Indian journal of veterinary science and animal husbandry - Volume 10,
Year: 1940
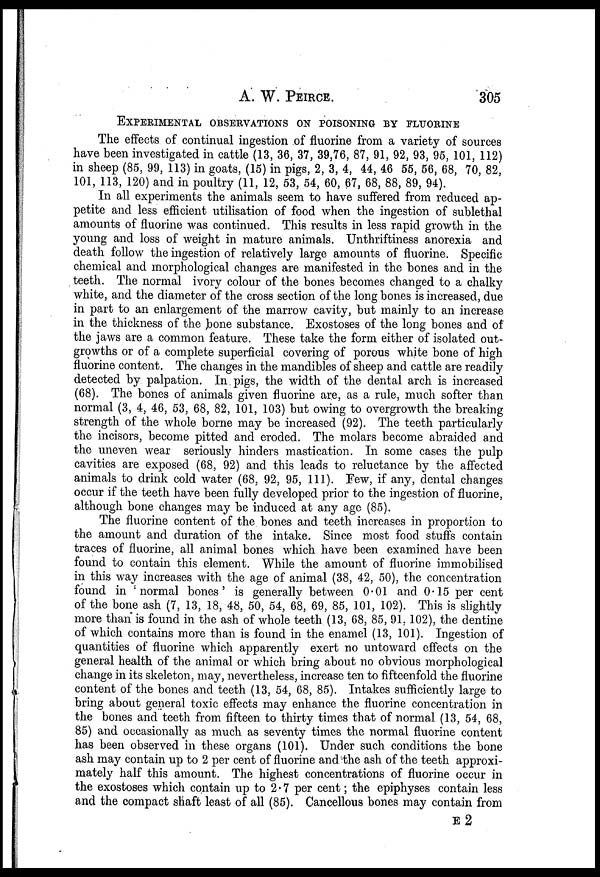
A. W. PEIRCE.
305
EXPERIMENTAL OBSERVATIONS ON POISONING BY FLUORINE
The effects of continual ingestion of fluorine from a variety of sources
have been investigated in cattle (13, 36, 37, 39,76, 87, 91, 92, 93, 95, 101, 112)
in sheep (85, 99, 113) in goats, (15) in pigs, 2, 3, 4, 44, 46 55, 56, 68, 70, 82,
101, 113, 120) and in poultry (11, 12, 53, 54, 60, 67, 68, 88, 89, 94).
In all experiments the animals seem to have suffered from reduced ap-
petite and less efficient utilisation of food when the ingestion of sublethal
amounts of fluorine was continued. This results in less rapid growth in the
young and loss of weight in mature animals. Unthriftiness anorexia and
death follow the ingestion of relatively large amounts of fluorine. Specific
chemical and morphological changes are manifested in the bones and in the
teeth. The normal ivory colour of the bones becomes changed to a chalky
white, and the diameter of the cross section of the long bones is increased, due
in part to an enlargement of the marrow cavity, but mainly to an increase
in the thickness of the bone substance. Exostoses of the long bones and of
the jaws are a common feature. These take the form either of isolated out-
growths or of a complete superficial covering of porous white bone of high
fluorine content. The changes in the mandibles of sheep and cattle are readily
detected by palpation. In pigs, the width of the dental arch is increased
(68). The bones of animals given fluorine are, as a rule, much softer than
normal (3, 4, 46, 53, 68, 82, 101, 103) but owing to overgrowth the breaking
strength of the whole borne may be increased (92). The teeth particularly
the incisors, become pitted and eroded. The molars become abraided and
the uneven wear seriously hinders mastication. In some cases the pulp
cavities are exposed (68, 92) and this leads to reluctance by the affected
animals to drink cold water (68, 92, 95, 111). Few, if any, dental changes
occur if the teeth have been fully developed prior to the ingestion of fluorine,
although bone changes may be induced at any age (85).
The fluorine content of the bones and teeth increases in proportion to
the amount and duration of the intake. Since most food stuffs contain
traces of fluorine, all animal bones which have been examined have been
found to contain this element. While the amount of fluorine immobilised
in this way increases with the age of animal (38, 42, 50), the concentration
found in normal bones' is generally between 0.01 and 0.15 per cent
of the bone ash (7, 13, 18, 48, 50, 54, 68, 69, 85, 101, 102). This is slightly
more than is found in the ash of whole teeth (13, 68, 85, 91, 102), the dentine
of which contains more than is found in the enamel (13, 101). Ingestion of
quantities of fluorine which apparently exert no untoward effects on the
general health of the animal or which bring about no obvious morphological
change in its skeleton, may, nevertheless, increase ten to fifteenfold the fluorine
content of the bones and teeth (13, 54, 68, 85). Intakes sufficiently large to
bring about general toxic effects may enhance the fluorine concentration in
the bones and teeth from fifteen to thirty times that of normal (13, 54, 68,
85) and occasionally as much as seventy times the normal fluorine content
has been observed in these organs (101). Under such conditions the bone
ash may contain up to 2 per cent of fluorine and the ash of the teeth approxi-
mately half this amount. The highest concentrations of fluorine occur in
the exostoses which contain up to 2.7 per cent; the epiphyses contain less
and the compact shaft least of all (85). Cancellous bones may contain from
E2